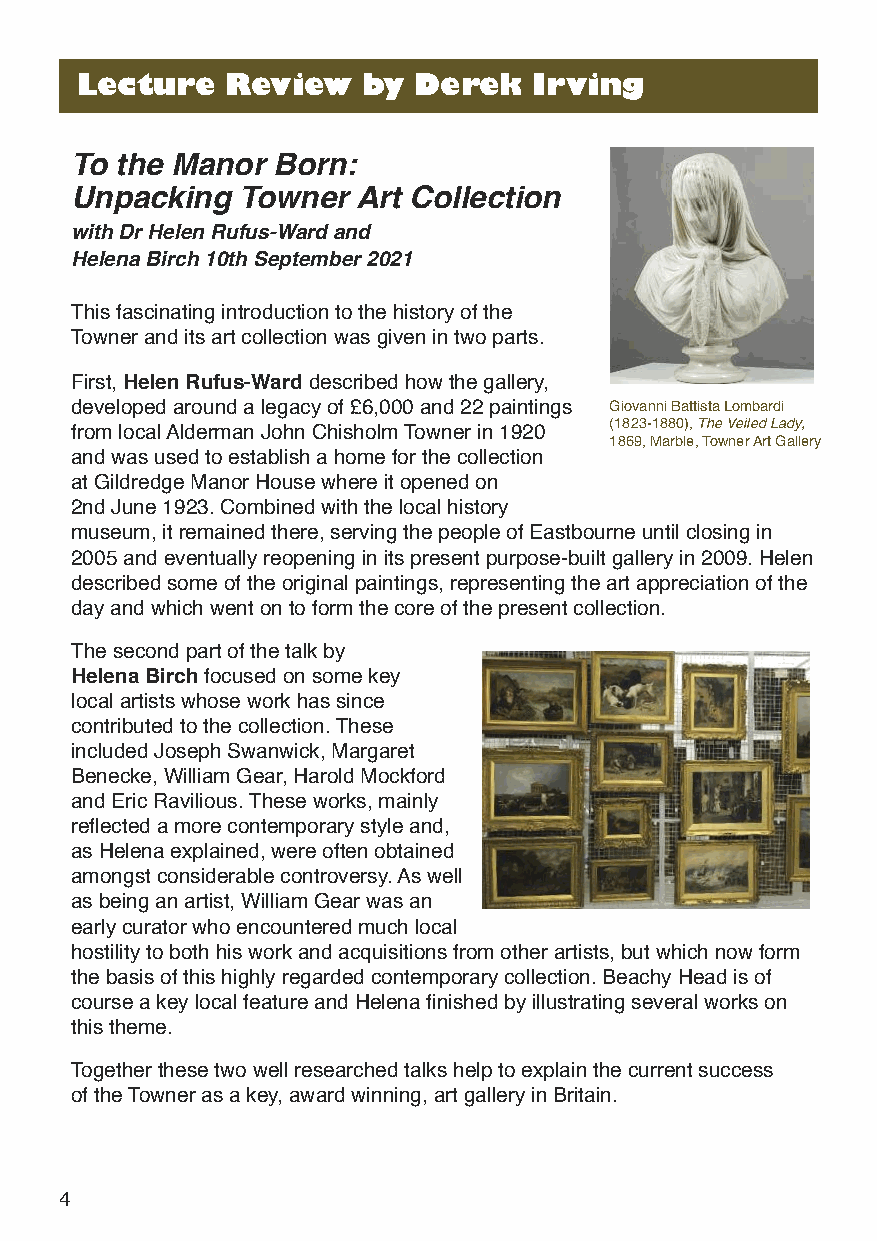
Lecture   Review   by Derek   Irving
 To the Manor Born:
 Unpacking  Towner  Art Collection
 with Dr Helen Rufus-Ward and
 Helena Birch 10th September 2021
 This fascinating introduction to the history of the
 Towner and its art collection was given in two parts.
 First, Helen Rufus-Warddescribed how the gallery,
 developed around a legacy of £6,000 and 22 paintings Giovanni Battista Lombardi
 from local Alderman John Chisholm Towner in 1920 (1823-1880), The Veiled Lady,
 1869, Marble, Towner Art Gallery
 and was used to establish a home for the collection
 at Gildredge Manor House where it opened on
 2nd June 1923. Combined with the local history
 museum, it remained there, serving the people of Eastbourne until closing in
 2005 and eventually reopening in its present purpose-built gallery in 2009. Helen
 described some of the original paintings, representing the art appreciation of the
 day and which went on to form the core of the present collection.
 The second part of the talk by
 Helena birchfocused on some key
 local artists whose work has since
 contributed to the collection. These
 included Joseph Swanwick, Margaret
 Benecke, William Gear, Harold Mockford
 and Eric Ravilious. These works, mainly
 reflected a more contemporary style and,
 as Helena explained, were often obtained
 amongst considerable controversy. As well
 as being an artist, William Gear was an
 early curator who encountered much local
 hostility to both his work and acquisitions from other artists, but which now form
 the basis of this highly regarded contemporary collection. Beachy Head is of
 course a key local feature and Helena finished by illustrating several works on
 this theme.
 Together these two well researched talks help to explain the current success
 of the Towner as a key, award winning, art gallery in Britain.
 4